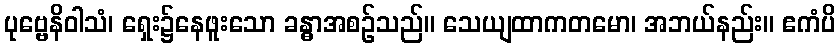
ပုဗ္ဗေနိဝါသံ၊ ရှေး၌နေဖူးသော ခန္ဓာအစဉ်သည်။ သေယျထာကတမော၊ အဘယ်နည်း။ ဧကံပိ